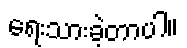
ရေးသားခဲ့တာပါ။